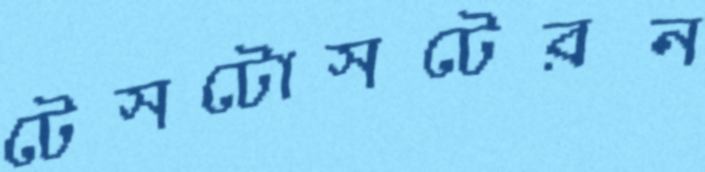
টেসটোসটেরন